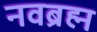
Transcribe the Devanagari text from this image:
नवब्रह्म